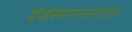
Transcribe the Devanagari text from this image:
देवस्थानलगतच